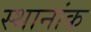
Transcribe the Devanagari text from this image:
स्थानांक